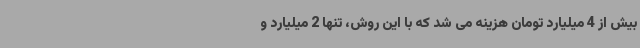
بیش از 4 میلیارد تومان هزینه می شد که با این روش، تنها 2 میلیارد و